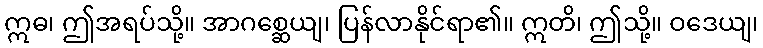
ဣဓ၊ ဤအရပ်သို့။ အာဂစ္ဆေယျ၊ ပြန်လာနိုင်ရာ၏။ ဣတိ၊ ဤသို့။ ဝဒေယျ၊